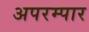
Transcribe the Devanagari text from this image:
अपरम्पार